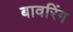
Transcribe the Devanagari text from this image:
बावरिंग